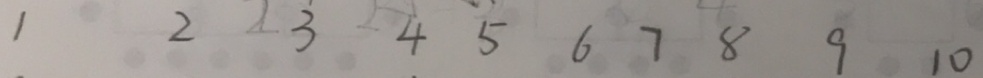
1 2 3 4 5 6 7 8 9 1 0